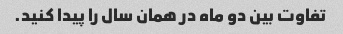
تفاوت بین دو ماه در همان سال را پیدا کنید.